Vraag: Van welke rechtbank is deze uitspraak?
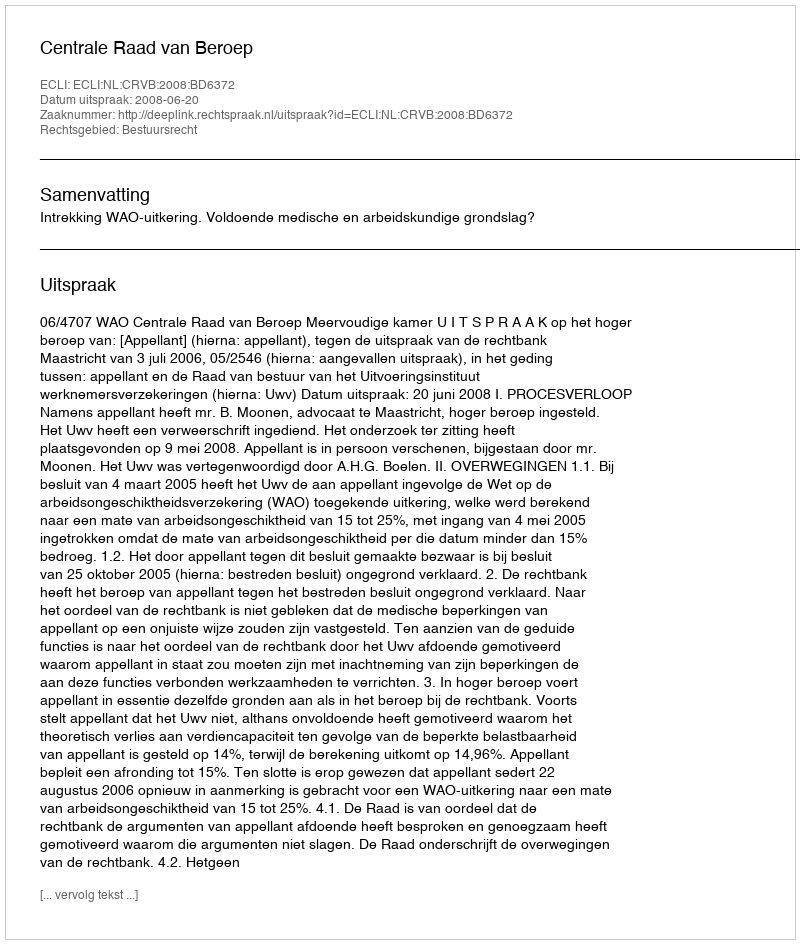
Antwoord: Centrale Raad van Beroep